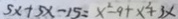
5 x + 5 x - 1 5 = x ^ { 2 } - 9 + x ^ { 2 } + 3 x